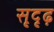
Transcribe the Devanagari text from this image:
सृदृढ़